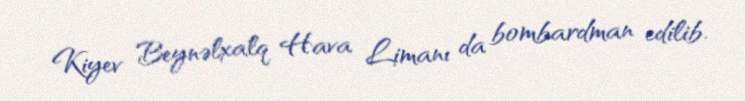
Kiyev Beynəlxalq Hava Limanı da bombardman edilib.